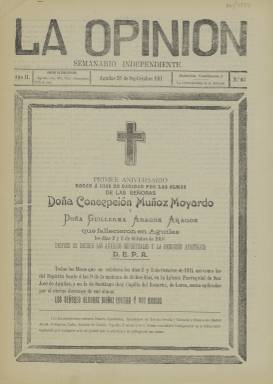
Título: La Opinión (Águilas)
Colección: Periódicos
Ámbito geográfico: Murcia
Lugar de publicación: Águilas [Murcia]
Fechas: 28/09/1911-28/09/1911